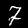
Label: 7